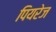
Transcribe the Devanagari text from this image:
पियरेज